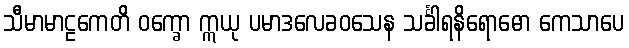
သီမာမာဠကေတိ ဝက္ခော ဣယု ပမာဒလေခဝသေန သင်္ခါရနိရောဓော ကေသာပေ